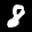
Label: 8